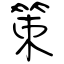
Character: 策